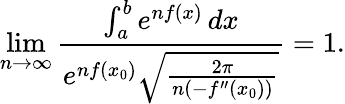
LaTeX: \operatorname*{lim}_{n\to\infty}{\frac{\int_{a}^{b}e^{nf(x)}\, dx}{e^{nf(x_{0})}{\sqrt{\frac{2\pi}{n\left(-f^{\prime\prime}(x_{0})\right)}}}}}=1.